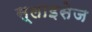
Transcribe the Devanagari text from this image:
स्लाइसेज